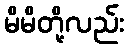
မိမိတို့လည်း